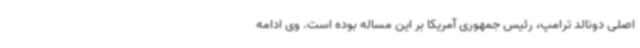
اصلی دونالد ترامپ، رئیس جمهوری آمریکا بر این مساله بوده است. وی ادامه